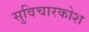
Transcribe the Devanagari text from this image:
सुविचारकोश